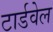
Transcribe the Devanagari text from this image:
टार्डवेल